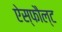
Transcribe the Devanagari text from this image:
ऐस्फौल्ट